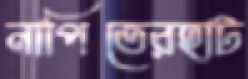
নাপিতেরহাট